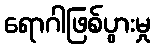
ရောဂါဖြစ်ပွားမှု